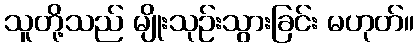
သူတို့သည် မျိုးသုဉ်းသွားခြင်း မဟုတ်။